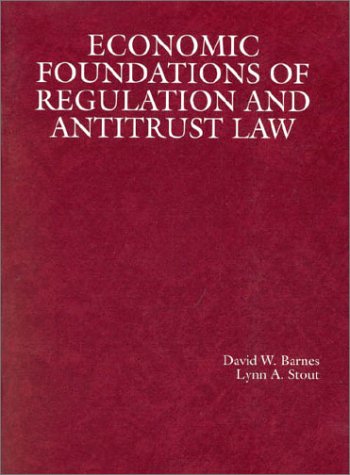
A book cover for Barnes and Stout's Economic Foundations of Regulation and Antitrust Law (American Casebook Series); David Barnes; Law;